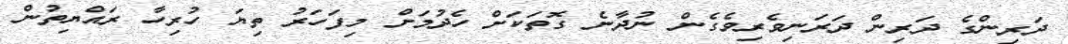
ދަރިންގެ ދަރިން ދަރަނިވެރިވެގެން ނުދާނެ ގޮތަކަށް ހެދުމަށް މިފަހަރު ތިޔަ ހުރިހާ ރައްޔިތުން